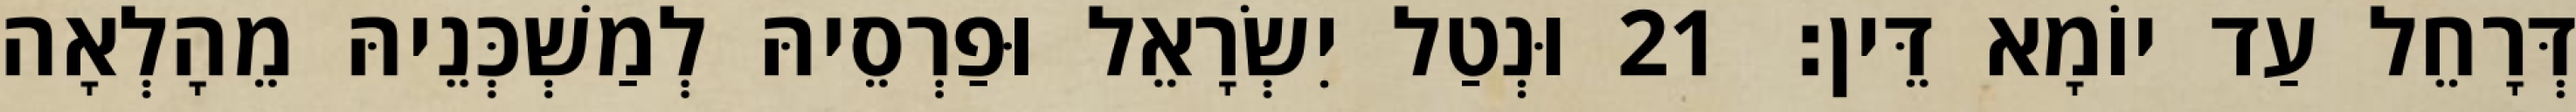
דְּרָחֵל עַד יוֹמָא דֵּין׃ 21 וּנְטַל יִשְׂרָאֵל וּפַרְסֵיהּ לְמַשְׁכְּנֵיהּ מֵהָלְאָה